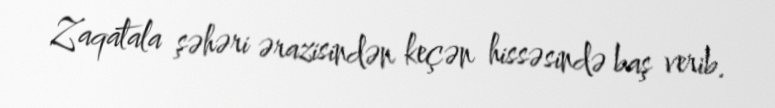
Zaqatala şəhəri ərazisindən keçən hissəsində baş verib.